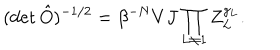
( \det \hat { O } ) ^ { - 1 / 2 } = \beta ^ { - N } V J \prod _ { L \neq 1 } Z _ { L } ^ { g _ { L } } .